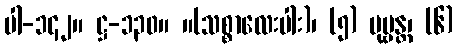
ပါ-၁၄၂။ ဋ္ဌ-၁၃၀။ ။(သစ္စာလေးပါး)၊ (၅) ပုဗ္ဗန္တ၊ (၆)